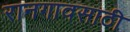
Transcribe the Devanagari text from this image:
रानगावसाठी